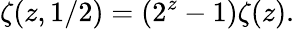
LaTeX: \zeta(z,1/2)=(2^{z}-1)\zeta(z).